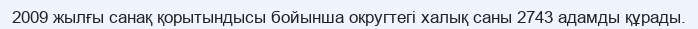
2009 жылғы санақ қорытындысы бойынша округтегі халық саны 2743 адамды құрады.